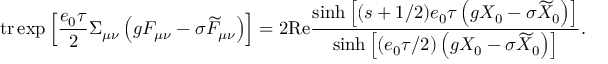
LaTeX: \mathrm { t r } \exp \left[ \frac { e _ { 0 } \tau } 2 \Sigma _ { \mu \nu } \left( g F _ { \mu \nu } - \sigma \widetilde { F } _ { \mu \nu } \right) \right] = 2 \mathrm { R e } \frac { \sinh \left[ ( s + 1 / 2 ) e _ { 0 } \tau \left( g X _ { 0 } - \sigma \widetilde { X } _ { 0 } \right) \right] } { \sinh \left[ \left( e _ { 0 } \tau / 2 \right) \left( g X _ { 0 } - \sigma \widetilde { X } _ { 0 } \right) \right] } .